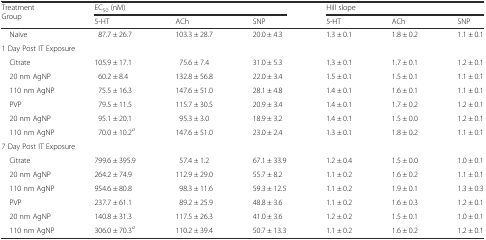
<table><thead><tr><td rowspan="2"><b>Treatment Group</b></td><td colspan="3"><b>EC<sub>50</sub> (nM)</b></td><td colspan="3"><b>Hill slope</b></td></tr><tr><td><b>5-HT</b></td><td><b>ACh</b></td><td><b>SNP</b></td><td><b>5-HT</b></td><td><b>ACh</b></td><td><b>SNP</b></td></tr></thead><tbody><tr><td> Naive</td><td>87.7 ± 26.7</td><td>103.3 ± 28.7</td><td>20.0 ± 4.3</td><td>1.3 ± 0.1</td><td>1.8 ± 0.2</td><td>1.1 ± 0.1</td></tr><tr><td colspan="7">1 Day Post IT Exposure</td></tr><tr><td> Citrate</td><td>105.9 ± 17.1</td><td>75.6 ± 7.4</td><td>31.0 ± 5.3</td><td>1.3 ± 0.1</td><td>1.7 ± 0.1</td><td>1.2 ± 0.1</td></tr><tr><td> 20 nm AgNP</td><td>60.2 ± 8.4</td><td>132.8 ± 56.8</td><td>22.0 ± 3.4</td><td>1.5 ± 0.1</td><td>1.5 ± 0.1</td><td>1.1 ± 0.1</td></tr><tr><td> 110 nm AgNP</td><td>75.5 ± 16.3</td><td>147.6 ± 51.0</td><td>28.1 ± 4.8</td><td>1.4 ± 0.1</td><td>1.6 ± 0.1</td><td>1.1 ± 0.1</td></tr><tr><td> PVP</td><td>79.5 ± 11.5</td><td>115.7 ± 30.5</td><td>20.9 ± 3.4</td><td>1.4 ± 0.1</td><td>1.7 ± 0.2</td><td>1.2 ± 0.1</td></tr><tr><td> 20 nm AgNP</td><td>95.1 ± 20.1</td><td>95.3 ± 3.0</td><td>18.9 ± 3.2</td><td>1.4 ± 0.1</td><td>1.5 ± 0.0</td><td>1.2 ± 0.1</td></tr><tr><td> 110 nm AgNP</td><td>70.0 ± 10.2<sup><i>a</i></sup></td><td>147.6 ± 51.0</td><td>23.0 ± 2.4</td><td>1.3 ± 0.1</td><td>1.8 ± 0.2</td><td>1.1 ± 0.1</td></tr><tr><td colspan="7">7 Day Post IT Exposure</td></tr><tr><td> Citrate</td><td>799.6 ± 395.9</td><td>57.4 ± 1.2</td><td>67.1 ± 33.9</td><td>1.2 ± 0.4</td><td>1.5 ± 0.0</td><td>1.0 ± 0.1</td></tr><tr><td> 20 nm AgNP</td><td>264.2 ± 74.9</td><td>112.9 ± 29.0</td><td>55.7 ± 8.2</td><td>1.1 ± 0.2</td><td>1.6 ± 0.2</td><td>1.1 ± 0.1</td></tr><tr><td> 110 nm AgNP</td><td>954.6 ± 80.8</td><td>98.3 ± 11.6</td><td>59.3 ± 12.5</td><td>1.1 ± 0.2</td><td>1.9 ± 0.1</td><td>1.3 ± 0.3</td></tr><tr><td> PVP</td><td>237.7 ± 61.1</td><td>89.2 ± 25.9</td><td>48.8 ± 3.6</td><td>1.1 ± 0.2</td><td>1.6 ± 0.3</td><td>1.2 ± 0.1</td></tr><tr><td> 20 nm AgNP</td><td>140.8 ± 31.3</td><td>117.5 ± 26.3</td><td>41.0 ± 3.6</td><td>1.2 ± 0.2</td><td>1.5 ± 0.1</td><td>1.0 ± 0.1</td></tr><tr><td> 110 nm AgNP</td><td>306.0 ± 70.3<sup><i>a</i></sup></td><td>110.2 ± 39.4</td><td>50.7 ± 13.3</td><td>1.1 ± 0.2</td><td>1.6 ± 0.2</td><td>1.2 ± 0.1</td></tr></tbody></table>